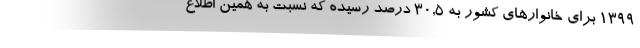
١٣٩٩ برای خانوارهای کشور به ٣٠,٥ درصد رسیده که نسبت به همین اطلاع